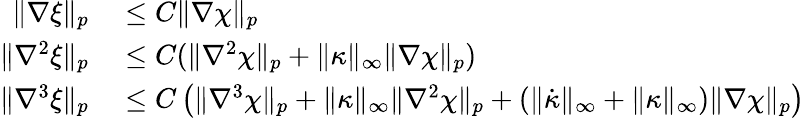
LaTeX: \begin{array}{rl}{\| \nabla\xi\| _{p}}&{{}\leq C\| \nabla\chi\| _{p}}\\ {\| \nabla^{2}\xi\| _{p}}&{{}\leq C(\| \nabla^{2}\chi\| _{p}+\| \kappa\| _{\infty}\| \nabla\chi\| _{p})}\\ {\| \nabla^{3}\xi\| _{p}}&{{}\leq C\left(\| \nabla^{3}\chi\| _{p}+\| \kappa\| _{\infty}\| \nabla^{2}\chi\| _{p}+(\| \dot{\kappa}\| _{\infty}+\| \kappa\| _{\infty})\| \nabla\chi\| _{p}\right)}\end{array}